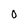
Character: O